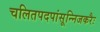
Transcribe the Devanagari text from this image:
चलितपदपांसून्निजकरैः